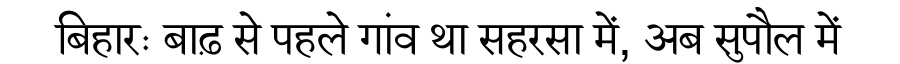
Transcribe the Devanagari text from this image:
बिहारः बाढ़ से पहले गांव था सहरसा में, अब सुपौल में